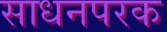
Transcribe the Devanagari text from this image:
साधनपरक